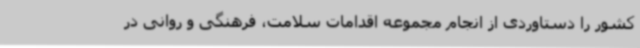
کشور را دستاوردی از انجام مجموعه اقدامات سلامت، فرهنگی و روانی در